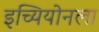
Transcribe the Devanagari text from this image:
इच्यियोनला